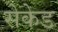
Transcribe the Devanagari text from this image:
सेकेड